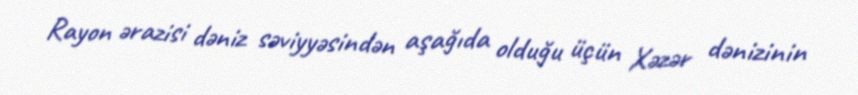
Rayon ərazisi dəniz səviyyəsindən aşağıda olduğu üçün Xəzər dənizinin